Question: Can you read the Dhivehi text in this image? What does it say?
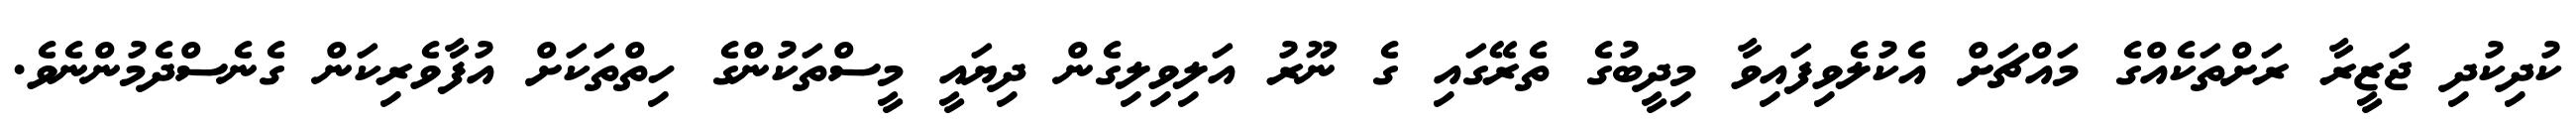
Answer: ކުދިކުދި ޖަޒީރާ ރަށްތަކެއްގެ މައްޗަށް އެކުލެވިފައިވާ މިދީބުގެ ތެރޭގައި ގެ ނޫރު އަލިވިލިގެން ދިޔައީ މީސްތަކުންގެ ހިތްތަކަށް އުފާވެރިކަން ގެނެސްދެމުންނެވެ.